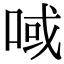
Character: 㖪